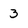
Character: 3